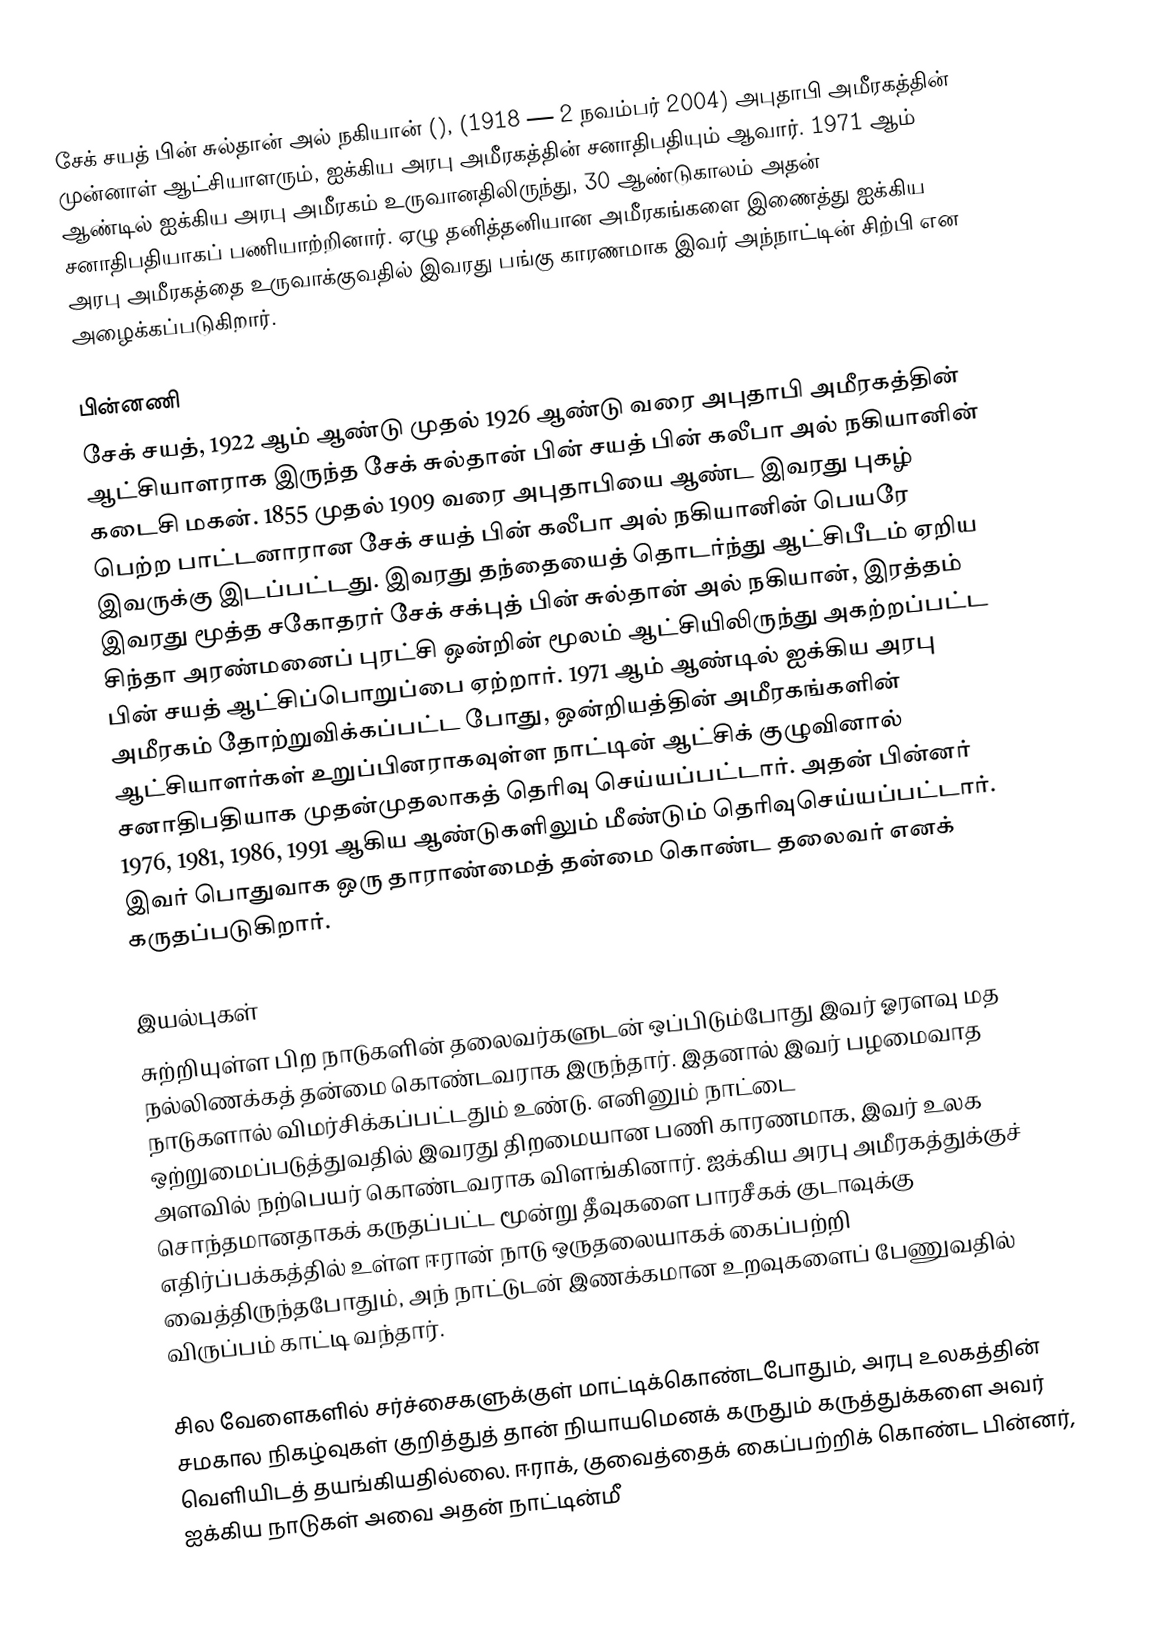
சேக் சயத் பின் சுல்தான் அல் நகியான் (), (1918 — 2 நவம்பர் 2004) அபுதாபி அமீரகத்தின் முன்னாள் ஆட்சியாளரும், ஐக்கிய அரபு அமீரகத்தின் சனாதிபதியும் ஆவார். 1971 ஆம் ஆண்டில் ஐக்கிய அரபு அமீரகம் உருவானதிலிருந்து, 30 ஆண்டுகாலம் அதன் சனாதிபதியாகப் பணியாற்றினார். ஏழு தனித்தனியான அமீரகங்களை இணைத்து ஐக்கிய அரபு அமீரகத்தை உருவாக்குவதில் இவரது பங்கு காரணமாக இவர் அந்நாட்டின் சிற்பி என அழைக்கப்படுகிறார்.

பின்னணி
சேக் சயத், 1922 ஆம் ஆண்டு முதல் 1926 ஆண்டு வரை அபுதாபி அமீரகத்தின் ஆட்சியாளராக இருந்த சேக் சுல்தான் பின் சயத் பின் கலீபா அல் நகியானின் கடைசி மகன். 1855 முதல் 1909 வரை அபுதாபியை ஆண்ட இவரது புகழ் பெற்ற பாட்டனாரான சேக் சயத் பின் கலீபா அல் நகியானின் பெயரே இவருக்கு இடப்பட்டது. இவரது தந்தையைத் தொடர்ந்து ஆட்சிபீடம் ஏறிய இவரது மூத்த சகோதரர் சேக் சக்புத் பின் சுல்தான் அல் நகியான், இரத்தம் சிந்தா அரண்மனைப் புரட்சி ஒன்றின் மூலம் ஆட்சியிலிருந்து அகற்றப்பட்ட பின் சயத் ஆட்சிப்பொறுப்பை ஏற்றார். 1971 ஆம் ஆண்டில் ஐக்கிய அரபு அமீரகம் தோற்றுவிக்கப்பட்ட போது, ஒன்றியத்தின் அமீரகங்களின் ஆட்சியாளர்கள் உறுப்பினராகவுள்ள நாட்டின் ஆட்சிக் குழுவினால் சனாதிபதியாக முதன்முதலாகத் தெரிவு செய்யப்பட்டார். அதன் பின்னர் 1976, 1981, 1986, 1991 ஆகிய ஆண்டுகளிலும் மீண்டும் தெரிவுசெய்யப்பட்டார். இவர் பொதுவாக ஒரு தாராண்மைத் தன்மை கொண்ட தலைவர் எனக் கருதப்படுகிறார்.

இயல்புகள்
சுற்றியுள்ள பிற நாடுகளின் தலைவர்களுடன் ஒப்பிடும்போது இவர் ஓரளவு மத நல்லிணக்கத் தன்மை கொண்டவராக இருந்தார். இதனால் இவர் பழமைவாத நாடுகளால் விமர்சிக்கப்பட்டதும் உண்டு. எனினும் நாட்டை ஒற்றுமைப்படுத்துவதில் இவரது திறமையான பணி காரணமாக, இவர் உலக அளவில் நற்பெயர் கொண்டவராக விளங்கினார். ஐக்கிய அரபு அமீரகத்துக்குச் சொந்தமானதாகக் கருதப்பட்ட மூன்று தீவுகளை பாரசீகக் குடாவுக்கு எதிர்ப்பக்கத்தில் உள்ள ஈரான் நாடு ஒருதலையாகக் கைப்பற்றி வைத்திருந்தபோதும், அந் நாட்டுடன் இணக்கமான உறவுகளைப் பேணுவதில் விருப்பம் காட்டி வந்தார்.

சில வேளைகளில் சர்ச்சைகளுக்குள் மாட்டிக்கொண்டபோதும், அரபு உலகத்தின் சமகால நிகழ்வுகள் குறித்துத் தான் நியாயமெனக் கருதும் கருத்துக்களை அவர் வெளியிடத் தயங்கியதில்லை. ஈராக், குவைத்தைக் கைப்பற்றிக் கொண்ட பின்னர், ஐக்கிய நாடுகள் அவை அதன் நாட்டின்மீ